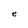
Character: e